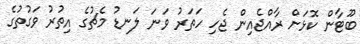
ބޫޓާން ކޮޅަށް ރާއްޖެއިން ޖެހި ހަތަރު ވަނަ ލަނޑު މެޗުގެ އިތުރު ވަގުތުގެ